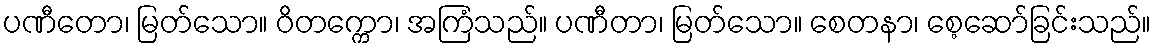
ပဏီတော၊ မြတ်သော။ ဝိတက္ကော၊ အကြံသည်။ ပဏီတာ၊ မြတ်သော။ စေတနာ၊ စေ့ဆော်ခြင်းသည်။